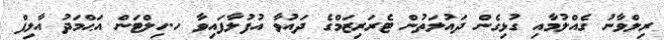
ރިލްވާނު ގެއްލުމާއި ގުޅިގެން ދައުލަތުން ޓެރަރިޒަމްގެ ދައުވާ އުފުލާފައިވާ ހ.ހިލްޓަން އަޙްމަދު އާލިފް